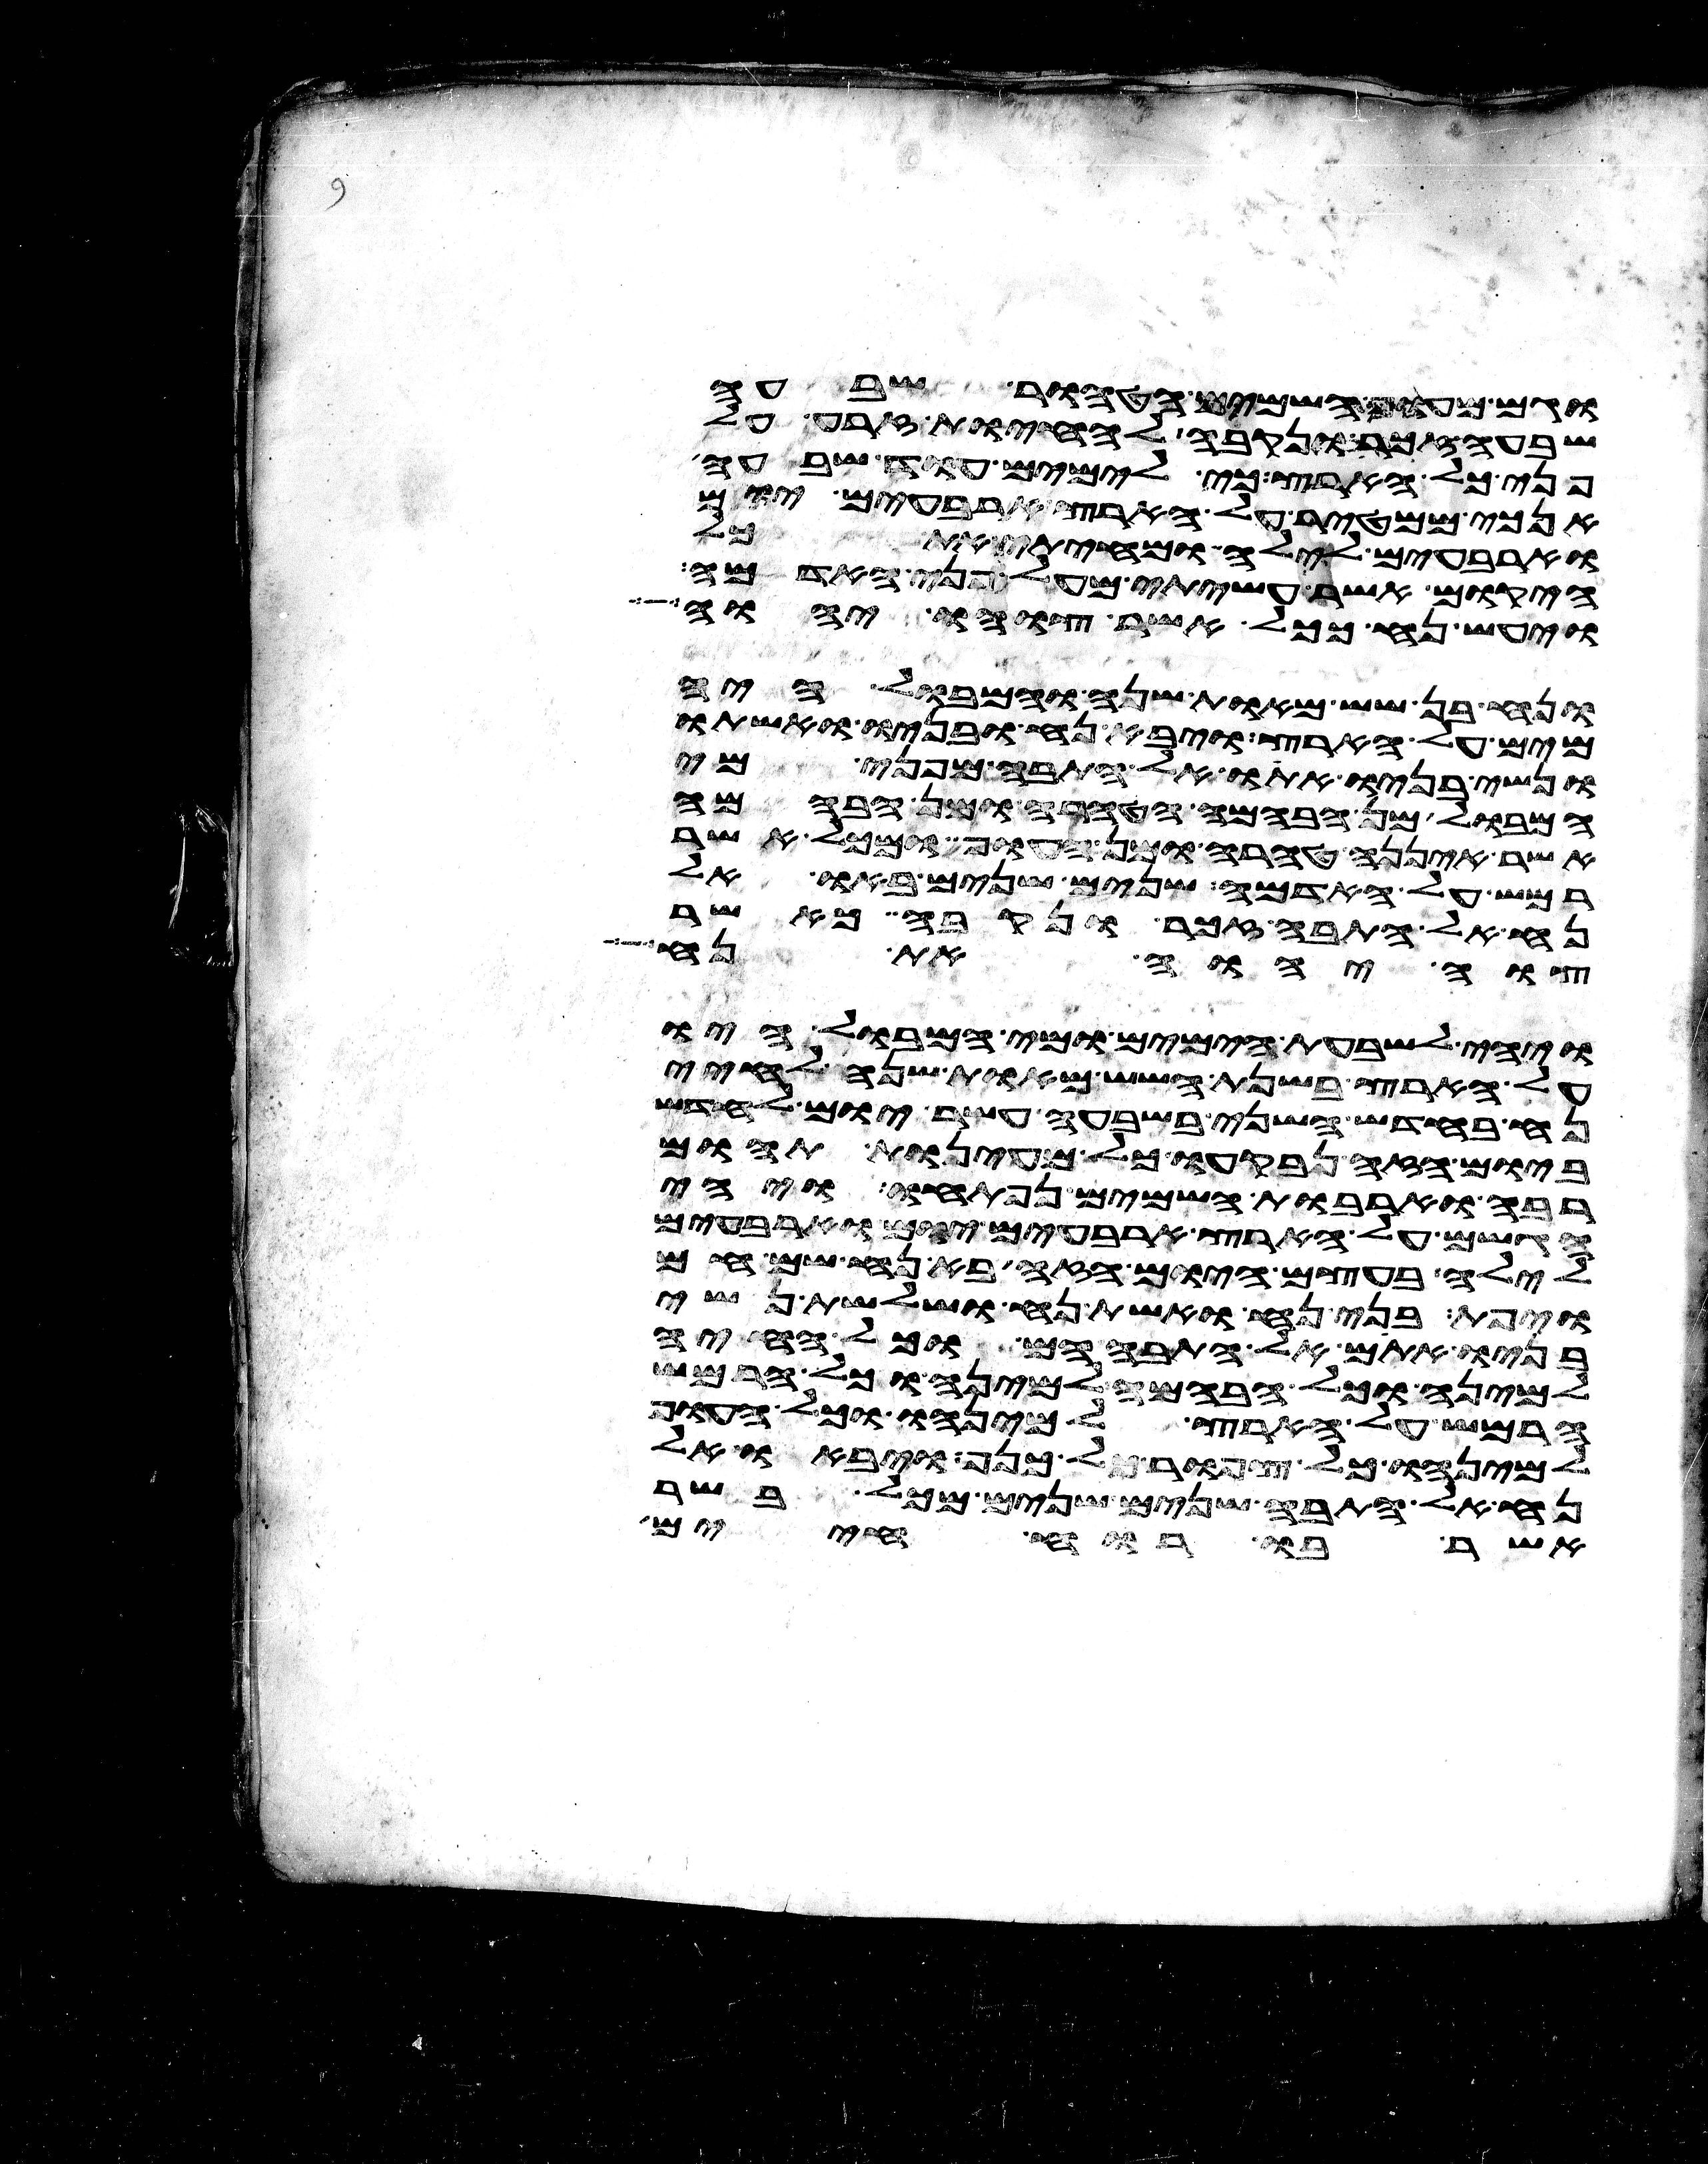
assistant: וגם מעוף השמים הטהור שבעה
שבעה זכר ונקבה להחיות זרע על
פני כל הארץ כי לימים עוד שבעה
אנכי ממטיר על הארץ ארבעים יום
וארבעים לילה ומחיתי את כל
היקום אשר עשיתי מעל פני האדמה
ויעש נח ככל אשר צוהו יהוה
ונח בן שש מאות שנה והמבול היה
מים על הארץ ויבא נח ובניו ואשתו
ונשי בניו אתו אל התבה מפני מי
המבול מן הבהמה הטהרה ומן הבהמה
אשר איננה טהרה ומן העוף ומכל אשר
רמש על האדמה שנים שנים באו אל
נח אל התבה זכר ונקבה כאשר
צוה יהוה את נח
ויהי לשבעת הימים ומי המבול היו
על הארץ בשנת השש מאות שנה לחיי
נח בחדש השני בשבעה עשר יום לחדש
ביום הזה נבקעו כל מעינות תהום
רבה וארבות השמים נפתחו ויהי
הגשם על הארץ ארבעים יום וארבעים
לילה בעצם היום הזה בא נח שם חם
ויפת בני נח ואשת נח ושלשת נשי
בניו אתם אל התבה הם וכל החיה
למינה וכל הבהמה למינה וכל הרמש
הרמש על הארץ למינהו וכל העוף
למינהו כל צפור כל כנף ויבאו אל
נח אל התבה שנים שנים מכל בשר
אשר בו רוח חיים